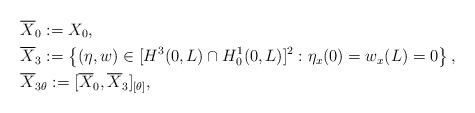
LaTeX: \begin{align*}&\overline{X}_0 := X_0, \\&\overline{X}_3 := \left\lbrace (\eta, w) \in [H^3(0,L)\cap H^1_0(0,L)]^2: \eta_x(0)=w_x(L)=0\right\rbrace, \\&\overline{X}_{3\theta} := [\overline{X}_0,\overline{X}_3]_{[\theta]}, \end{align*}